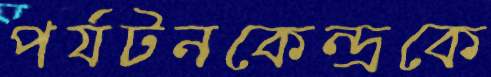
পর্যটনকেন্দ্রকে